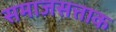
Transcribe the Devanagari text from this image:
समाजसत्ताक